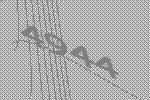
4944